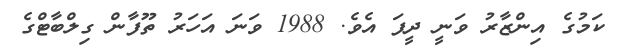
ކަމުގެ އިންޒާރު ވަނީ ދީފަ އެވެ. 1988 ވަނަ އަހަރު ތޫފާން ގިލްބާޓްގެ